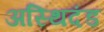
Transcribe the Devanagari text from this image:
अस्थिदंड